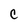
Character: C